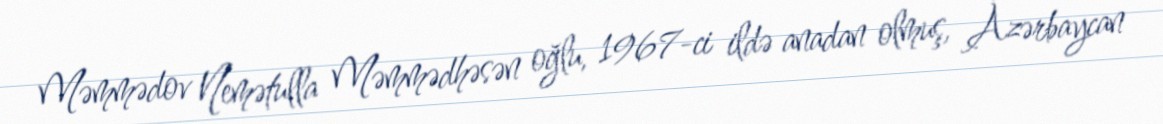
Məmmədov Nemətulla Məmmədhəsən oğlu, 1967-ci ildə anadan olmuş, Azərbaycan